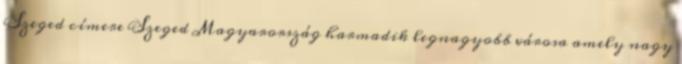
Szeged címere Szeged Magyarország harmadik legnagyobb városa amely nagy